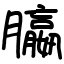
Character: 䑉